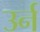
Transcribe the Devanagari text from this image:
उर्न